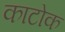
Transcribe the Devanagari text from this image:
काटोक